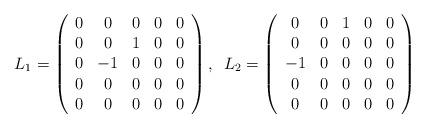
LaTeX: \begin{align*}L_1=\left( \begin{array}{ccccc}0 & 0 & 0 & 0 & 0 \\ 0 & 0 & 1 & 0 & 0 \\ 0 & -1 & 0 & 0 & 0 \\ 0 & 0 & 0 & 0 & 0 \\ 0 & 0 & 0 & 0 & 0\end{array}\right) ,\,\,\,L_2=\left( \begin{array}{ccccc}0 & 0 & 1 & 0 & 0 \\ 0 & 0 & 0 & 0 & 0 \\ -1 & 0 & 0 & 0 & 0 \\ 0 & 0 & 0 & 0 & 0 \\ 0 & 0 & 0 & 0 & 0\end{array}\right)\end{align*}